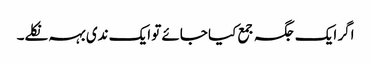
اگر ایک جگہ جمع کیا جائے تو ایک ندی بہہ نکلے۔